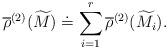
LaTeX: \begin{align*}\overline{\rho}^{(2)}(\widetilde{M}) \doteq \sum_{i =1}^r \overline{\rho}^{(2)}(\widetilde{M_i}).\end{align*}